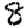
Digit: 8